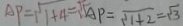
A P = \sqrt { 1 + 4 } = \sqrt { 5 } A P = \sqrt { 1 + 2 } = \sqrt { 3 }